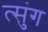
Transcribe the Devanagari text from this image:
त्सुंग